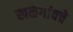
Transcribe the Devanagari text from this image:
खळेगांवचे